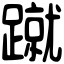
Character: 蹴